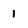
Character: 1